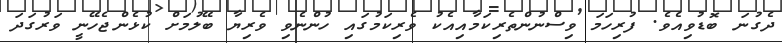
ދެގުނަ ބޮޑުވިއެވެ. ފުރިހަމަ ވިސްނުންތެރިކަމާއިއެކު ވެެރިކަމުގައި ހުންނެވި ވެރިޔާ ބޭލުމަށް ކުޅެންޖެހޭނީ ވަރުގަދަ